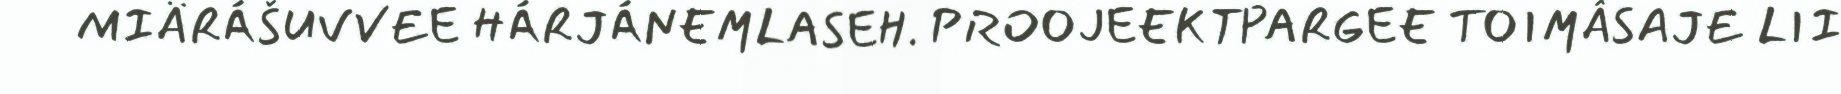
MIÄRÁŠUVVEE HÁRJÁNEMLASEH. PROOJEEKTPARGEE TOIMÂSAJE LII